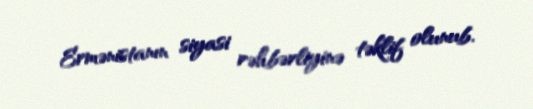
Ermənistanın siyasi rəhbərliyinə təklif olunub.